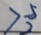
> \frac { 5 } { 2 }